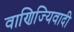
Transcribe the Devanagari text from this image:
वाणिज्यिवादी